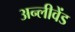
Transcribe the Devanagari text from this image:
अन्लीवेंड